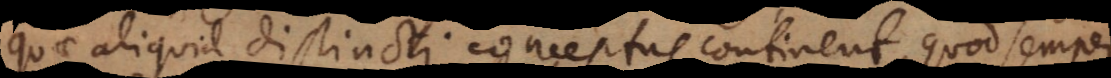
quae aliquid distincti conceptus continent, quod sempe